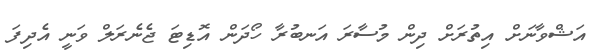
އަޝްވާނަށް އިތުރަށް ދިން މުސާރަ އަނބުރާ ހޯދަން އޮޑިޓަ ޖެނެރަލް ވަނީ އެދިފަ